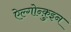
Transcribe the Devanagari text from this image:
ऐल्गोन्क़ुइन